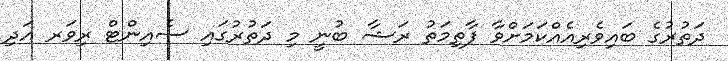
ދަތުރުގެ ބައިވެރިއެއްކަމަށްވާ ފާތިމަތު ރަޝާ ބުނީ މި ދަތުރުގައި ސެއިންޓް ރިވަރ އަދި